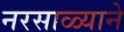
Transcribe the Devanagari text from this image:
नरसाळ्याने